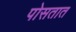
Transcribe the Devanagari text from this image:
पोसतात